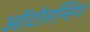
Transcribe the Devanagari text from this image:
ऑटोरनिंग